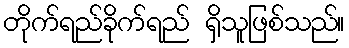
တိုက်ရည်ခိုက်ရည် ရှိသူဖြစ်သည်။